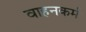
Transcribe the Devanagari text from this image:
वाहनकर्म